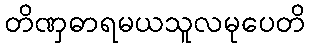
တိဏှဓာရမယသူလမုပေတိ